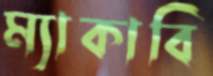
ম্যাকাবি